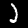
Digit: 2